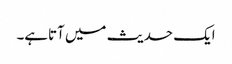
ایک حدیث میں آتاہے۔